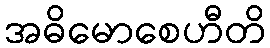
အဓိမောစေဟီတိ